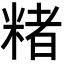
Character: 𬖡